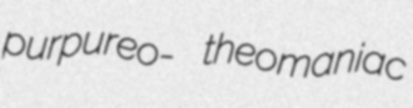
purpureo- theomaniac